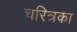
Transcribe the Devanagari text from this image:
चरित्रका